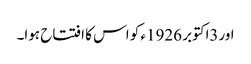
اور3اکتوبر 1926ء کو اس کا افتتاح ہوا۔